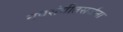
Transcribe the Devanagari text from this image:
नवसंगीतसर्जना